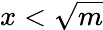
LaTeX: x<{\sqrt{m}}